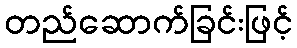
တည်ဆောက်ခြင်းဖြင့်